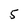
Character: 5